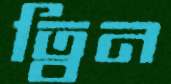
ত্বিন